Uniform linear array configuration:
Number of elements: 8
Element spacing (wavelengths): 0.25
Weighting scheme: exponential
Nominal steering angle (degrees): -30
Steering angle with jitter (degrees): -31.718
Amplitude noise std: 0.05
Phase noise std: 0.05

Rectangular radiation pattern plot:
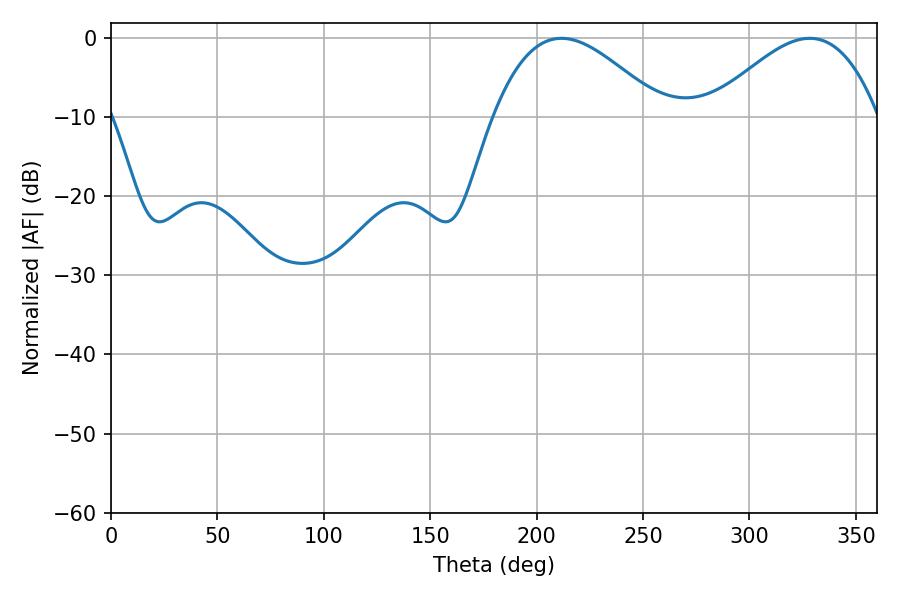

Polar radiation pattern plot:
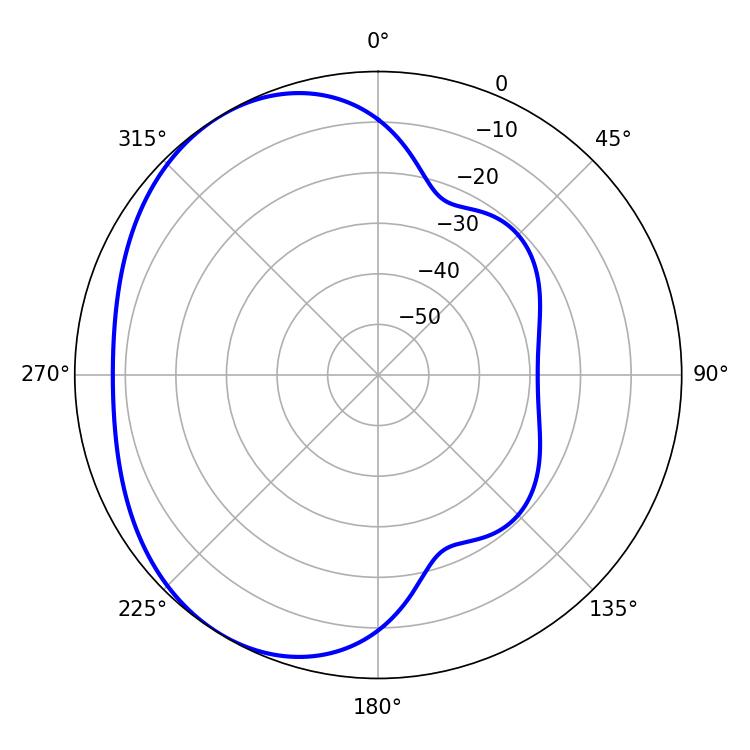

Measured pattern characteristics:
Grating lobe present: FALSE
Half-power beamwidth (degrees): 43.02
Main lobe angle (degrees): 211.68